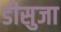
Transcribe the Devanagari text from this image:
डीसुजा